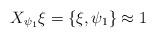
LaTeX: \begin{align*}X_{\psi_{1}}\xi=\{\xi,\psi_{1}\}\approx1\end{align*}